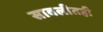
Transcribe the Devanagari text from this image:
सावलीतही